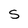
Character: S